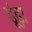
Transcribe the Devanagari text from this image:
ढ़ूंढ़ा